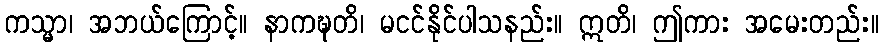
ကသ္မာ၊ အဘယ်ကြောင့်။ နာကဍ္ဎတိ၊ မငင်နိုင်ပါသနည်း။ ဣတိ၊ ဤကား အမေးတည်း။